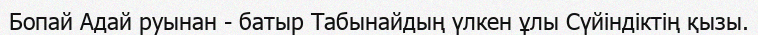
Бопай Адай руынан - батыр Табынайдың үлкен ұлы Сүйіндіктің қызы.